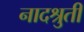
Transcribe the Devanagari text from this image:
नादश्रुती